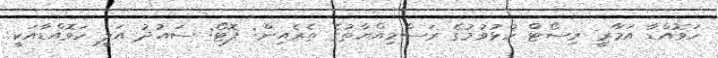
ހަވޮއްޑާ އަމާރީ ރިސޯޓް ހުޅުވުމުގެ ރަސްމިއްޔާތުގެ ތެރެއިން: ފޮޓޯ: ސައުދު އަލީ ހަވޮއްޑާއަކީ